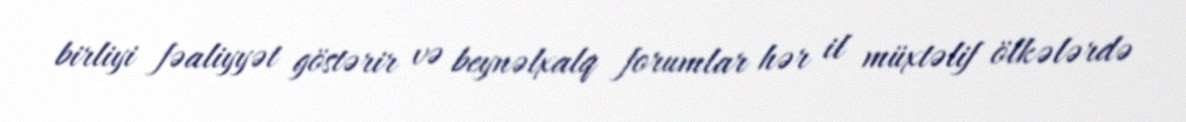
birliyi fəaliyyət göstərir və beynəlxalq forumlar hər il müxtəlif ölkələrdə